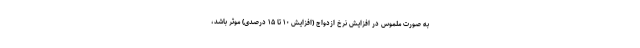
به صورت ملموس در افزایش نرخ ازدواج (افزایش ۱۰ تا ۱۵ درصدی) موثر باشد،